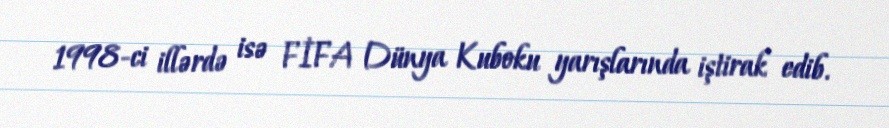
1998-ci illərdə isə FİFA Dünya Kuboku yarışlarında iştirak edib.